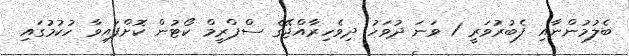
ބެލުމުންނާއި ފެބުރުވަރީ 1 ވަނަ ދުވަހު ދިވެހިރާއްޖޭގެ ސްޕްރީމް ކޯޓުން ކޮށްފައިވާ ހުކުމުގައި